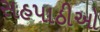
સહપાઠીઓ